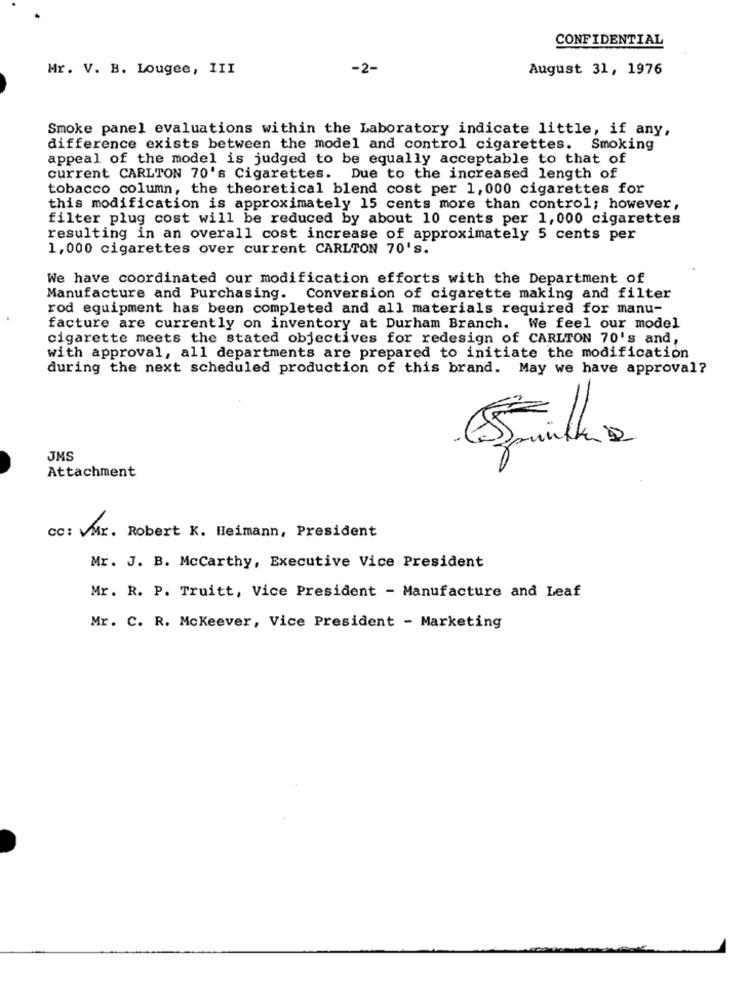
CONFIDENTIAL
Mr. V. B. Lougee, III
-2-
August 31, 1976
Smoke panel evaluations within the Laboratory indicate little, if any,
difference exists between the model and control cigarettes.
Smoking
appeal of the model is judged to be equally acceptable to that of
current CARLTON 70's Cigarettes. Due to the increased length of
tobacco column, the theoretical blend cost per 1,000 cigarettes for
this modification is approximately 15 cents more than control; however,
filter plug cost will be reduced by about 10 cents per 1,000 cigarettes
resulting in an overall cost increase of approximately 5 cents per
1,000 cigarettes over current CARLTON 70's.
We have coordinated our modification efforts with the Department of
Manufacture and Purchasing. Conversion of cigarette making and filter
rod equipment has been completed and all materials required for manu-
facture are currently on inventory at Durham Branch. We feel our model
cigarette meets the stated objectives for redesign of CARLTON 70's and,
with approval, all departments are prepared to initiate the modification
during the next scheduled production of this brand. May we have approval?
JMS
Attachment
CC: VMr. Robert K. Heimann, President
Mr. J. B. Mccarthy, Executive Vice President
Mr. R. P. Truitt, Vice President - Manufacture and Leaf
Mr. C. R. Mckeever, Vice President - Marketing